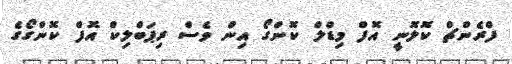
ފްރެންޗް ކޮލޮނީ އޮފް މިޑްލް ކޮންގޯ އިން ވެސް ރިޕަބްލިކް އޮފް ކޮންގޯގެ